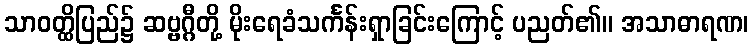
သာဝတ္ထိပြည်၌ ဆဗ္ဗဂ္ဂီတို့ မိုးရေခံသင်္ကန်းရှာခြင်းကြောင့် ပညတ်၏။ အသာဓာရဏ၊